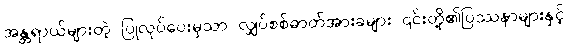
အန္တရာယ်များတဲ့ ပြုလုပ်ပေးမှသာ လျှပ်စစ်ဓာတ်အားခများ ၎င်းတို့၏ပြဿနာများနှင့်